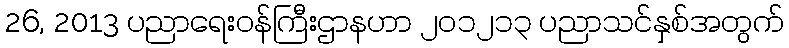
26, 2013 ပညာရေးဝန်ကြီးဌာနဟာ ၂၀၁၂၁၃ ပညာသင်နှစ်အတွက်